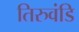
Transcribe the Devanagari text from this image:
तिरुवंडि